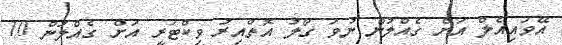
އޭވައިއެލް އަށް ގެއްލުން ނުވަ ގޯލު އޮތްއިރު ވިކްޓަރީ އަށް ގެއްލުން 10